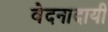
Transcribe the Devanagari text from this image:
वेदनादायी